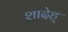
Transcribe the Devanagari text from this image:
शादेह्